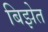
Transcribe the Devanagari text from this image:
बिझेत